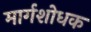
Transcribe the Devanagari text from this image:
मार्गशोधक